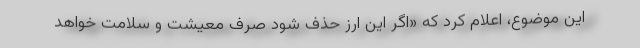
این موضوع، اعلام کرد که «اگر این ارز حذف شود صرف معیشت و سلامت خواهد